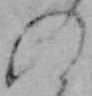
の